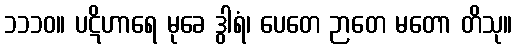
၁၁၁၀။ ပဋိဟာရေ မုခေ ဒွါရံ၊ ပေတေ ဉာတေ မတော တိသု။